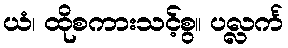
ယံ၊ ထိုစကားသင့်စွ။ ပလ္လင်္က